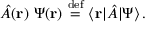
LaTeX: { \hat { A } } ( \mathbf { r } ) ~ \Psi ( \mathbf { r } ) \ { \stackrel { \mathrm { d e f } } { = } } \ \langle \mathbf { r } | { \hat { A } } | \Psi \rangle \, .